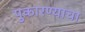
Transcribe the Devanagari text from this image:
पुकारण्याचा